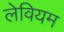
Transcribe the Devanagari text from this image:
लेवियम